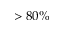
> 8 0 \%